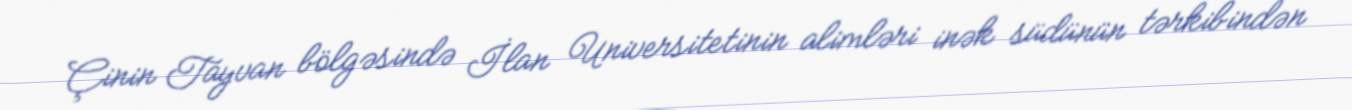
Çinin Tayvan bölgəsində İlan Universitetinin alimləri inək südünün tərkibindən